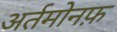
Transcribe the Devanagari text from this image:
अर्तमोनफ़